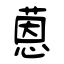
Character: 蒽